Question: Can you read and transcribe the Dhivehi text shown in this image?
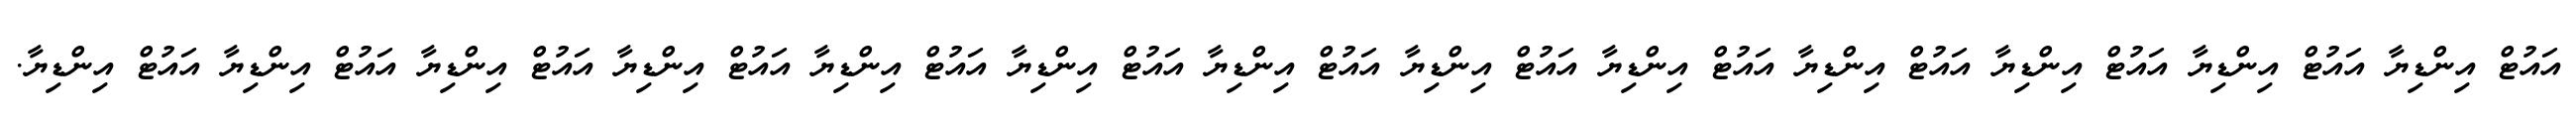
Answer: އައުޓް އިންޑިޔާ އައުޓް އިންޑިޔާ އައުޓް އިންޑިޔާ އައުޓް އިންޑިޔާ އައުޓް އިންޑިޔާ އައުޓް އިންޑިޔާ އައުޓް އިންޑިޔާ އައުޓް އިންޑިޔާ އައުޓް އިންޑިޔާ އައުޓް އިންޑިޔާ އައުޓް އިންޑިޔާ އައުޓް އިންޑިޔާ އައުޓް އިންޑިޔާ.